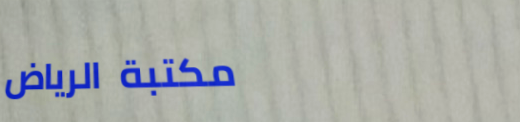
مكتبة الرياض